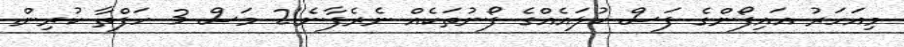
މިއަހަރު އައިފޯންގެ ފަސް ކުލައެއްގެ ފޯނުތަކެއް ނެރެފާނެ!2 މަސް 3 ހަފްތާ ކުރިން.